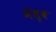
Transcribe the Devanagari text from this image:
नेतृव